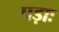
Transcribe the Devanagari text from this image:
पड़ाः